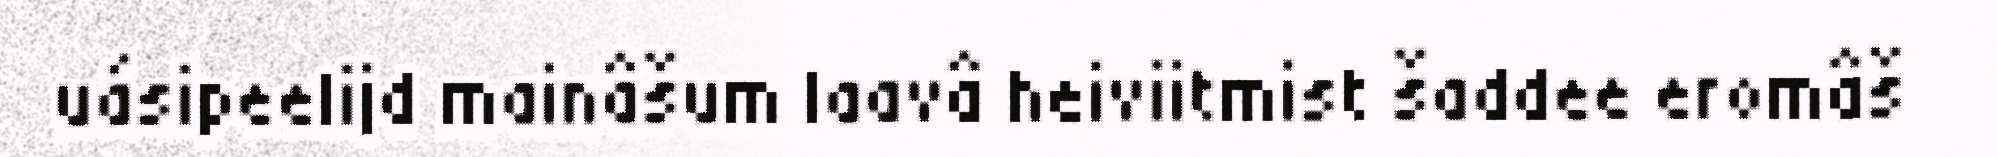
uásipeelijd mainâšum laavâ heiviitmist šaddee eromâš